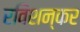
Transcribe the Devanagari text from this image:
रविशन्कर